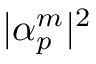
| \alpha _ { p } ^ { m } | ^ { 2 }